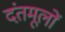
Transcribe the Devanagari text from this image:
दंतमूलों